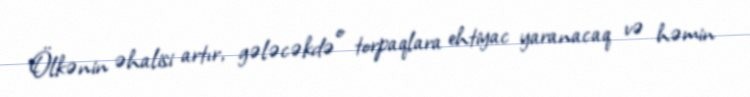
Ölkənin əhalisi artır, gələcəkdə o torpaqlara ehtiyac yaranacaq və həmin